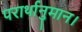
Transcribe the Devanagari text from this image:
परार्थानुमान।